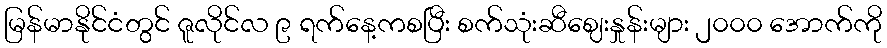
မြန်မာနိုင်ငံတွင် ဇူလိုင်လ ၉ ရက်နေ့ကစပြီး စက်သုံးဆီဈေးနှုန်းများ ၂၀၀၀ အောက်ကို